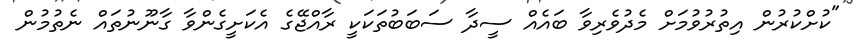
"ކުށްކުރުން އިތުރުވުމަށް މެދުވެރިވާ ބައެއް ސީދާ ސަބަބުތަކަކީ ރާއްޖޭގެ އެކަށީގެންވާ ގާނޫނުތައް ނެތުމުން